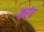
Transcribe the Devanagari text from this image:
करंब